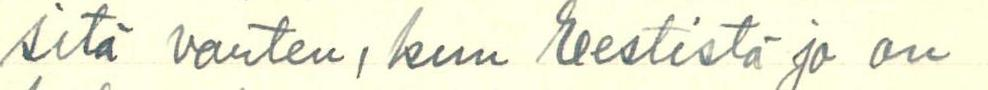
sitä varten, kun Eestistä jo on